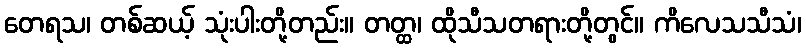
တေရသ၊ တစ်ဆယ့် သုံးပါးတို့တည်း။ တတ္ထ၊ ထိုသီသတရားတို့တွင်။ ကိလေသသီသံ၊